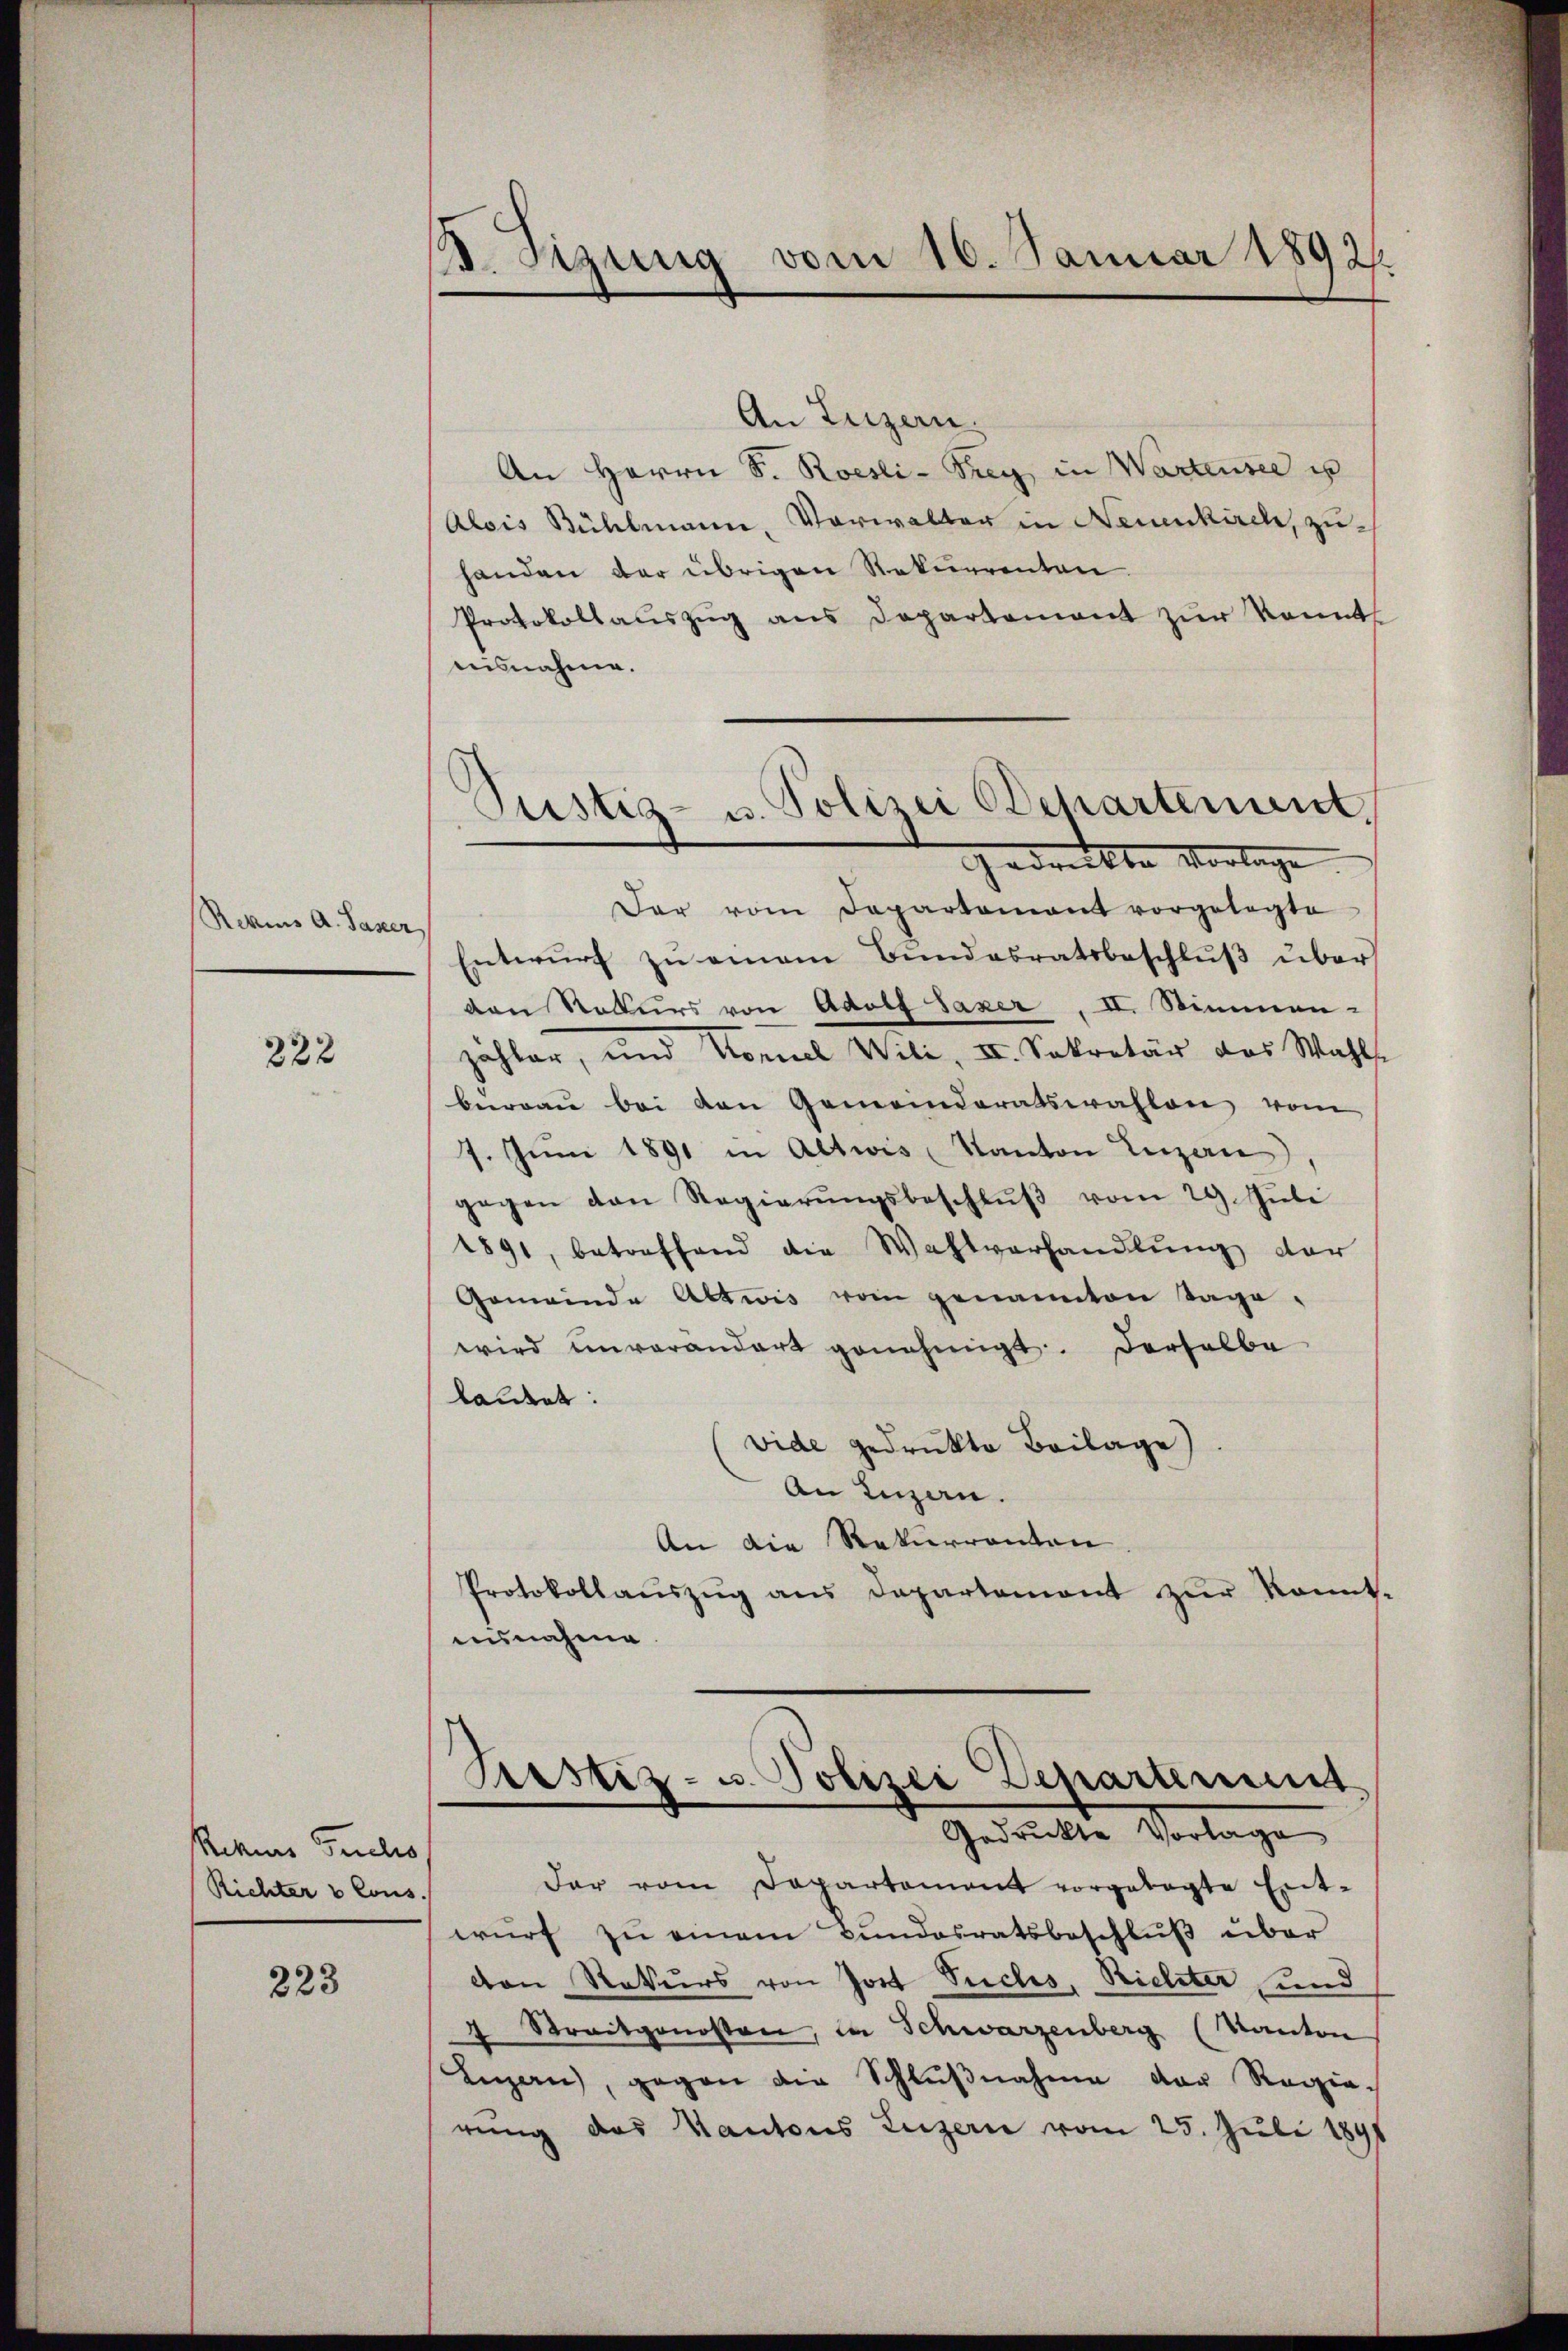
Rekins A. Faser,

222

Rekurs Fuchs,
Richter v Cous.

223

0
v. Szung vom 16. Januar 1892

An Luzern.
An Herrn S. Roesli-Frey, in Wartensee is
Alois Bühlmann, Vorwalter in Neuenkirch, zuhanden der übrigen Rekurrenten.
Protokollaŭszŭg ans Departement zur kannt
nisnahme.
Der vom Departament vorgelegte
Entwurf zu einem Bundesratsbeschluß über
den Rekurs von Adolf Saxer, II. Stimmen-
zähler, und Hornel Wili, II. Sekretär das Wahls
berau bei den Gemeinderatswahlen vom
7. Juni 1891 in Altwis, Kanton Luzern
gegen den Regierŭngsbeschlŭβ vom 29. Jŭli
1891, betreffend die Wahlverhandlŭng der
Gemeinde Altwis vom genannten Tage,
wird einverandert genehmigt. Derselbe
lautet:
vide gedrukte Beilage).
An Iuzen.
An die Rekurrenten
Protokollaŭszŭg ans Departement zŭr konnt.
ausnahme

Pustiz- u. Polizei Departement
Gedrückte Vorlage

Sistiz- u. Polizei Departement
Gedrückte Vorlage

dar vom Departement vorgelegte Ent-
wurf zu einem Bundesratsbeschluß über
von Rekurs von Jost Tuches, Richter und
d
Streitgenosten, in Schwarzenberg (Kanton
Luzern, gegen die Schlŭβnahme der Regierung das Kantons Luzern vom 25. Juli 1891